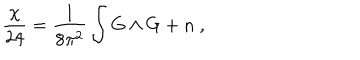
{ \frac { \chi } { 2 4 } } = { \frac { 1 } { 8 \pi ^ { 2 } } } \int G \wedge G + n \ ,